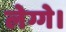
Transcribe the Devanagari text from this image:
लेग्गे।